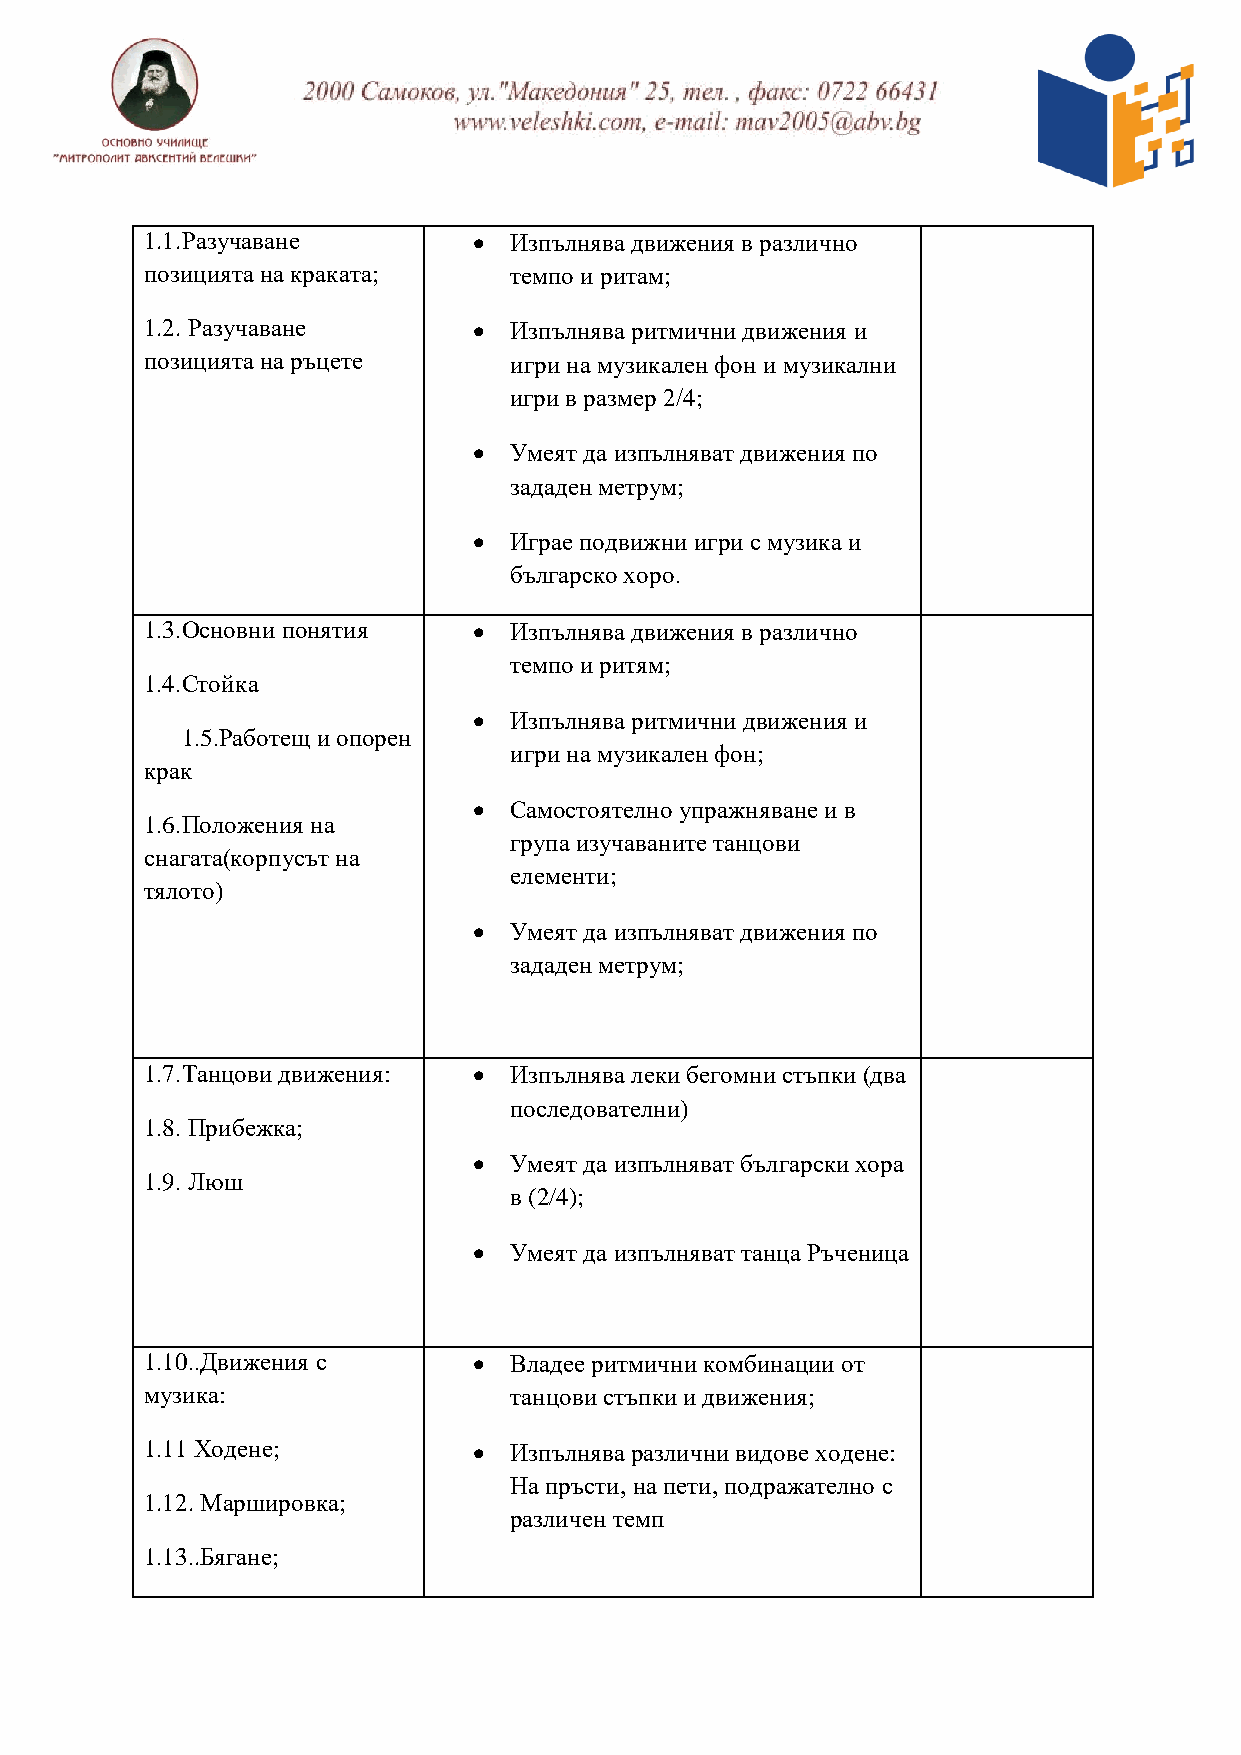
1.1.Разучаване         Изпълнява движения в различно
 позицията на краката;   темпо и ритам;
 1.2. Разучаване        Изпълнява ритмични движения и
 позицията на ръцете     игри на музикален фон и музикални
 игри в размер 2/4;
   Умеят да изпълняват движения по
 зададен метрум;
   Играе подвижни игри с музика и
 българско хоро.
 1.3.Основни понятия    Изпълнява движения в различно
 темпо и ритям;
 1.4.Стойка
   Изпълнява ритмични движения и
 1.5.Работещ и опорен
 игри на музикален фон;
 крак
   Самостоятелно упражняване и в
 1.6.Положения на
 група изучаваните танцови
 снагата(корпусът на
 елементи;
 тялото)
   Умеят да изпълняват движения по
 зададен метрум;
 1.7.Танцови движения:  Изпълнява леки бегомни стъпки (два
 последователни)
 1.8. Прибежка;
   Умеят да изпълняват български хора
 1.9. Люш
 в (2/4);
   Умеят да изпълняват танца Ръченица
 1.10..Движения с       Владее ритмични комбинации от
 музика:                 танцови стъпки и движения;
 1.11 Ходене;           Изпълнява различни видове ходене:
 На пръсти, на пети, подражателно с
 1.12. Маршировка;
 различен темп
 1.13..Бягане;